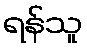
ရန်သူ